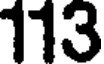
113